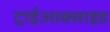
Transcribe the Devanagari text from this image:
ट्राईआक्साइड